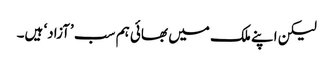
لیکن اپنے ملک میں بھائی ہم سب ’آزاد‘ ہیں۔